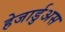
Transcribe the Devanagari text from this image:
हेजार्डुअस